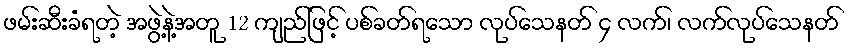
ဖမ်းဆီးခံရတဲ့ အဖွဲ့နဲ့အတူ 12 ကျည်ဖြင့် ပစ်ခတ်ရသော လုပ်သေနတ် ၄ လက်၊ လက်လုပ်သေနတ်